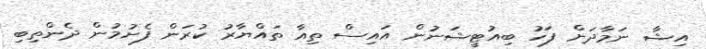
އިޝާ ނަމާދަށް ފަހު ބިއުޓީޝަނުން އައިސް ތިއާ ތައްޔާރު ކުރަން ފެށުމުން ދެންތިބި